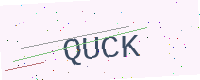
Text: QUCK